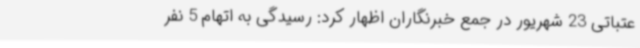
عتباتی 23 شهریور در جمع خبرنگاران اظهار کرد: رسیدگی به اتهام 5 نفر